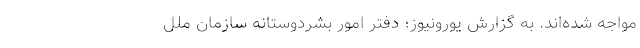
مواجه شده‌اند. به گزارش یورونیوز؛ دفتر امور بشردوستانه سازمان ملل